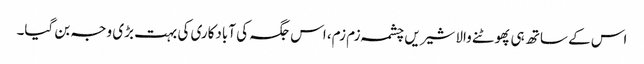
اس کے ساتھ ہی پھوٹنے والا شیریں چشمہ زم زم، اس جگہ کی آبادکاری کی بہت بڑی وجہ بن گیا۔